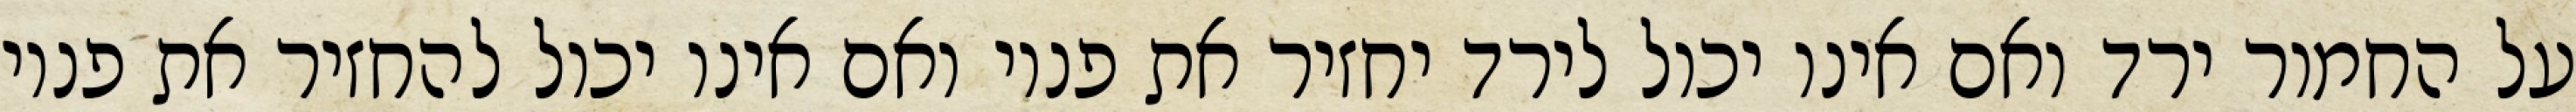
על החמור ירד ואם אינו יכול לירד יחזיר את פניו ואם אינו יכול להחזיר את פניו